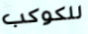
للكوكب